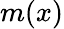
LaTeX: m(x)